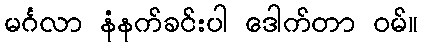
မင်္ဂလာ နံနက်ခင်းပါ ဒေါက်တာ ဝမ်။